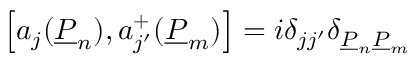
\left[ a _ { j } ( \underline { { { P } } } _ { n } ) , a _ { j ^ { \prime } } ^ { + } ( \underline { { { P } } } _ { m } ) \right] = i \delta _ { j j ^ { \prime } } \delta _ { \underline { { { P } } } _ { n } \underline { { { P } } } _ { m } }